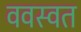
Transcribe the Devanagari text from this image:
ववस्वत